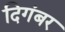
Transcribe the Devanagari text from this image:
दिगंबर